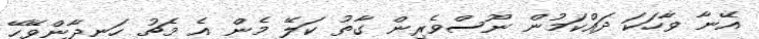
އޭނާ ވާހަކަ ދައްކަމުން ނޫސްވެރިން ގާތު ކަލޭ މެން އެ މެޗު ހަނދާންވޭހޭ